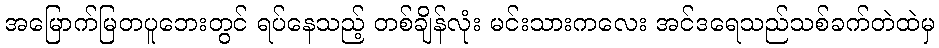
အမြောက်မြတပူဘေးတွင် ရပ်နေသည့် တစ်ချိန်လုံး မင်းသားကလေး အင်ဒရေသည်သစ်ခက်တဲထဲမှ